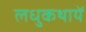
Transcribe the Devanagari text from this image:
लधुकथायें